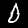
Label: 0